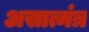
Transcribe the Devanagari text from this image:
असात्मंत्र